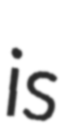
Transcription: is